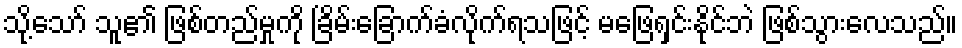
သို့သော် သူ၏ ဖြစ်တည်မှုကို ခြိမ်းခြောက်ခံလိုက်ရသဖြင့် မဖြေရှင်းနိုင်ဘဲ ဖြစ်သွားလေသည်။